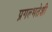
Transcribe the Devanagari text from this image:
प्रगल्भतेशी